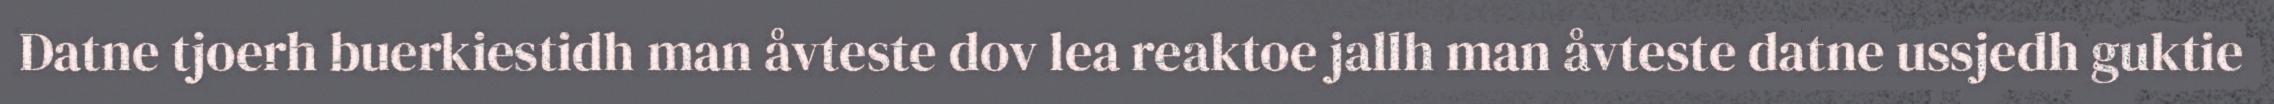
Datne tjoerh buerkiestidh man åvteste dov lea reaktoe jallh man åvteste datne ussjedh guktie